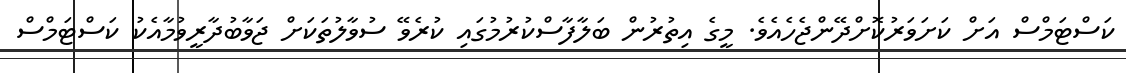
ކަސްޓަމްސް އަށް ކަށަވަރުކޮށްދޭންޖެހެއެވެ. މީގެ އިތުރުން ބަލާފާސްކުރުމުގައި ކުރެވޭ ސުވާލުތަކަށް ޖަވާބުދާރީވުމާއެކު ކަސްޓަމްސް